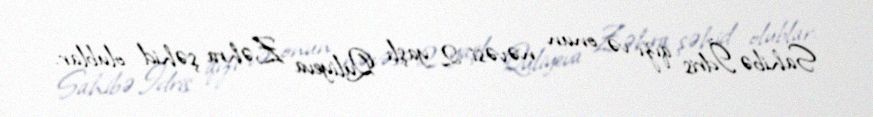
Sahibə İdris qızı və onun nəvəsi 2 yaşlı Quliyeva Zəhra şəhid olublar.